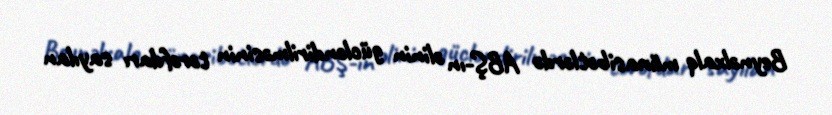
Beynəlxalq münasibətlərdə ABŞ-ın əlinin gücləndirilməsinin tərəfdarı sayılan